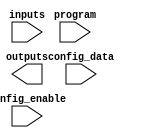
module EPLD (
    input wire [N-1:0] inputs,         // Inputs to the EPLD
    input wire [M-1:0] config_data,    // Configuration data for logic blocks
    input wire config_enable,           // Enable signal for configuration
    input wire program,                 // Programming signal
    output wire [P-1:0] outputs         // Outputs from the EPLD
);

parameter N = 8;                       // Number of inputs
parameter M = 16;                      // Number of configuration bits
parameter P = 4;                       // Number of outputs
parameter NUM_LOGIC_BLOCKS = 4;       // Number of logic blocks

// Logic block definition
generate
    genvar i;
    for (i = 0; i < NUM_LOGIC_BLOCKS; i = i + 1) begin : logic_block
        wire [N-1:0] block_inputs;
        wire [P-1:0] block_outputs;

        // Connect inputs to the logic block based on configuration
        assign block_inputs = configure_inputs(inputs, config_data[i * N +: N]);

        // Implement logic function based on configuration
        assign block_outputs = logic_function(block_inputs, config_data[i * (N + 1) +: N + 1]);

        // Connect block outputs to the main outputs
        assign outputs[i] = block_outputs; // Assuming one output per block for simplicity
    end
endgenerate

// Function to configure inputs based on configuration data
function [N-1:0] configure_inputs;
    input [N-1:0] inputs;
    input [N-1:0] config;
    // Implement input configuration logic here
    // For example, you can use multiplexers to select inputs based on config
endfunction

// Function to define the logic operation based on configuration
function [P-1:0] logic_function;
    input [N-1:0] block_inputs;
    input [N:0] config; // Last bit for function select
    // Implement logic operations based on the configuration
    // Example: config[0] = AND, config[1] = OR, etc.
endfunction

// Configuration memory (simplified)
reg [M-1:0] configuration_memory;

// Programming logic (simplified)
always @(posedge program) begin
    if (config_enable) begin
        configuration_memory <= config_data; // Load new configuration
    end
end

endmodule